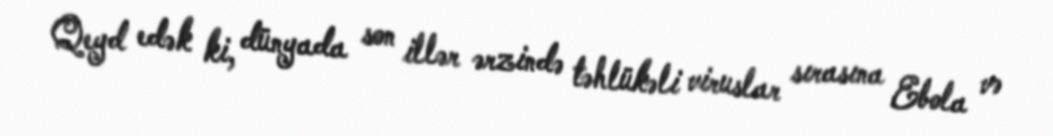
Qeyd edək ki, dünyada son illər ərzində təhlükəli viruslar sırasına Ebola və